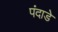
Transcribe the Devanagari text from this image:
पंदाडे